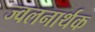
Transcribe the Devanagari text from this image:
ज्वलनार्थक